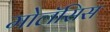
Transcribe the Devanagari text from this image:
मोलॅसिस